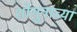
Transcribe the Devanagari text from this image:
शोगुनांच्या